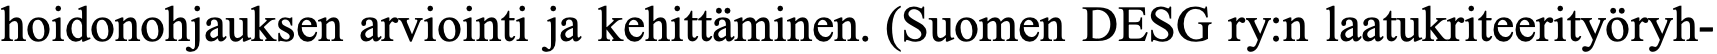
hoidonohjauksen arviointi ja kehittäminen. (Suomen DESG ry:n laatukriteerityöryh-